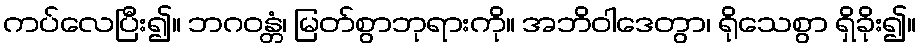
ကပ်လေပြီး၍။ ဘဂဝန္တံ၊ မြတ်စွာဘုရားကို။ အဘိဝါဒေတွာ၊ ရိုသေစွာ ရှိခိုး၍။